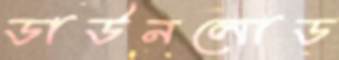
ডাউনলোড